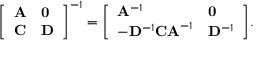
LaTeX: { \left[ \begin{array} { l l } { \mathbf { A } } & { \mathbf { 0 } } \\ { \mathbf { C } } & { \mathbf { D } } \end{array} \right] } ^ { - 1 } = { \left[ \begin{array} { l l } { \mathbf { A } ^ { - 1 } } & { \mathbf { 0 } } \\ { - \mathbf { D } ^ { - 1 } \mathbf { C A } ^ { - 1 } } & { \mathbf { D } ^ { - 1 } } \end{array} \right] } .